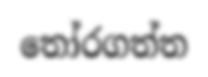
තෝරගත්ත